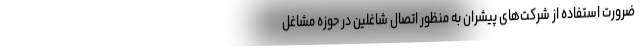
ضرورت استفاده از شرکت‌های پیشران به منظور اتصال شاغلین در حوزه مشاغل